Vaccination in Bombay 1913-1923 - 1913-1923
Year: 1913
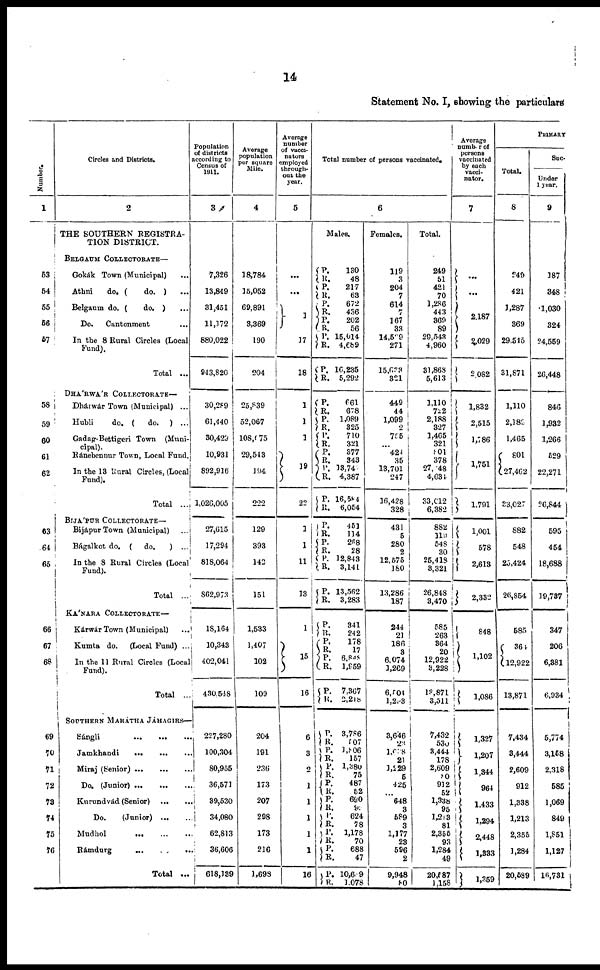
14
Statement No. I, showing the particulars
Number.
1
53
54
55
56
57
58
59
60
61
62
63
64
65
66
67
68
69
70
71
72
78
74
75
76
Circles and Districts.
2
THE SOUTHERN REGISTRA-
TION DISTRICT.
BELGAUM COLLECTORATE—
Gokák Town (Municipal) ...
Athni
do. (
do. ) ...
Belgaum do. (
do. ) ...
Do.
Cantonment ...
In the 8 Rural Circles (Local
Fund).
Total ...
DHÁRWÁR COLLECTORATE—
Dhárwár Town (Municipal) ...
Hubli
do. (
do.
) ...
Gadag-Bettigeri Town (Muni¬
cipal.
Ránebennur Town, Local Fund.
In the 13 Rural Circles, (Local
Fund).
Total ...
BIJÁPUR COLLECTORATE—
Bijápur Town (Municipal) ...
Bágalkot do. (
do.
) ...
In the 8 Rural Circles (Local
Fund).
Total ...
KÁNARA COLLECTORATE—
Kárwár Town (Municipal) ...
Kumta do.
(Local Fund) ...
In the 11 Rural Circles (Local
Fund).
Total ...
SOUTHERN MARÁTHA JÁHAGIRS—
Sángli
...
... ...
Jamkhandi
...
...
...
Miraj (Senior)
...
...
...
Do. (Junior)
...
...
...
Kurundvád (Senior)
... ...
Do.
(Junior) ... ...
Mudhol
...
...
...
Rámdurg
...
...
...
Total ...
Population
of districts
according to
Census of
1911.
3
7,326
13,849
31,451
11,172
880,022
943,820
30,289
61,440
30,429
10,931
892,916
1,026,005
27,615
17,294
818,064
862,973
18,164
10,343
402,041
430,548
227,280
100,304
80,955
36,571
39,530
34,080
62,813
36,606
618,139
Average
population
per square
Mile.
4
18,784
15,052
69,891
3,369
190
204
25,839
52,067
108,075
29,543
194
222
129
393
142
151
1,533
1,407
102
109
204
191
236
173
207
298
173
216
1,698
Average
number
of vacci¬
nators
employed
through¬
out the
year.
5
...
...
1
17
18
1
1
1
19
22
1
1
11
13
1
15
16
6
3
2
1
1
1
1
1
16
Total number of persons vaccinated.
6
Males.
P.
R.
P.
R.
P.
R. P.
R.
P.
R.
P.
R.
130
48
217
63
672
436
202
56
15,014
4,689
16,235
5,292
P.
R.
P.
R.
P.
R.
P.
R.
P.
R.
P.
R.
661
678
1,089
325
710
321
377
343
13,747
4,387
16,584
6,054
P.
R.
P.
R.
P.
R.
P.
R.
451
114
268
28
12,843
3,141
13,562
3,283
P.
R.
P.
R.
P.
R.
P.
R.
341
242
178
17
6,848
1,959
7,367
2,218
P.
R. P.
R.
P.
R.
P.
R.
P.
R.
P.
R.
P.
R.
P.
R.
P. R.
3,786
507
1,806
157
1,380
75
487
52
690
92
624
78
1,178
70
688
47
10,639
1,078
Females.
119
3
204
7
614
7
167
33
14,529
271
15,633
321
449
44
1,099
2
755
...
424
35
13,701
247
16,428
328
431
5
280
2
12,575
180
13,286
187
244
21
186
3
6,074
1,269
6,504
1,298
3,646
23
1,638
21
1,229
5
425
...
648
3
589
3
1,177
23
596
2
9,948
80
Total.
249
51
421
70
1,286
443
369
89
29,543
4,960
31,868
5,613
1,110
722
2,188
327
1,465
321
801
378
27,448
4,634
33,012
6,382
882
119
548
30
25,418
3,321
26,848
3,470
585
263
364
20
12,922
3,228
13,871
3,511
7,432
530
3,444
178
2,609
80
912
52
1,338
95
1,213
81
2,355
93
1,284
49
20,587
1,158
Average
number of
persons
vaccinated
by each
vacci¬
nator.
7
...
...
2,187
2,029
2,082
1,832
2,515
1,786
1,751
1,791
1,001
578
2,613
2,332
848
1,102
1,086
1,327
1,207
1,344
964
1,433
1,294
2,448
1,333
1,359
PRIMARY
Total.
8
249
421
1,287
369
29,545
31,871
1,110
2,183
1,465
801
27,462
33,027
882
548
25,424
26,854
585
364
12,922
13,871
7,434
3,444
2,609
912
1,338
1,213
2,355
1,284
20,589
Suc-
Under
1 year.
9
187
348
1,030
324
24,559
26,448
846
1,932
1,266
529
22,271
26,844
595
454
18,688
19,737
347
206
6,381
6,934
5,774
3,158
2,318
585
1,069
849
1,851
1,127
16,731